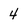
Character: 4